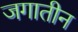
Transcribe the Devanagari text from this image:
जगातीन